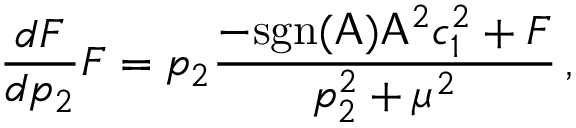
\frac { d F } { d p _ { 2 } } F = p _ { 2 } \frac { - \mathrm { s g n } ( \mathsf { A } ) \mathsf { A } ^ { 2 } c _ { 1 } ^ { 2 } + F } { p _ { 2 } ^ { 2 } + \mu ^ { 2 } } \, ,